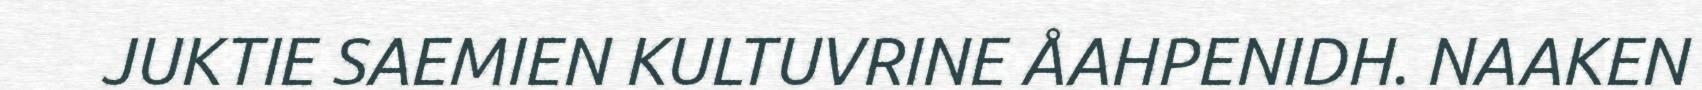
JUKTIE SAEMIEN KULTUVRINE ÅAHPENIDH. NAAKEN